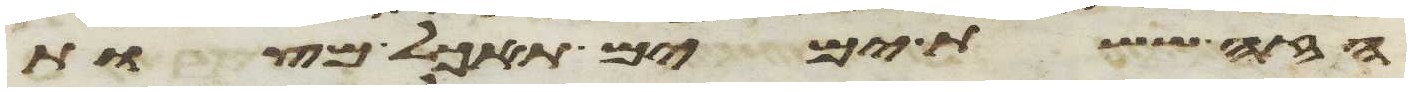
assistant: הזה ששת ימים תאכל מצות